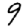
Digit: 9